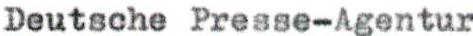
Deutsche Presse-Agentur